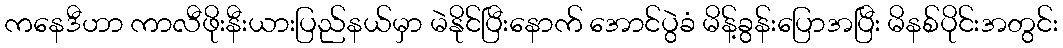
ကနေဒီဟာ ကာလီဖိုးနီးယားပြည်နယ်မှာ မဲနိုင်ပြီးနောက် အောင်ပွဲခံ မိန့်ခွန်းပြောအပြီး မိနစ်ပိုင်းအတွင်း